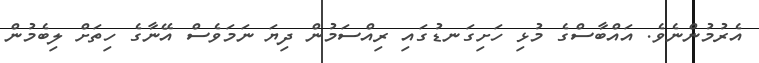
އެރުމުންނެވެ. އައްބާސްގެ މުޅި ހަށިގަނޑުގައި ރިއްސަމުން ދިޔަ ނަމަވެސް އޭނާގެ ހިތަށް ލިބެމުން